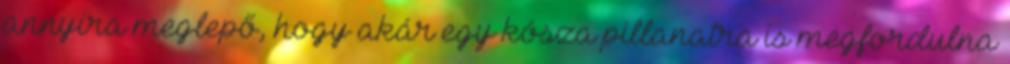
annyira meglepő, hogy akár egy kósza pillanatra is megfordulna